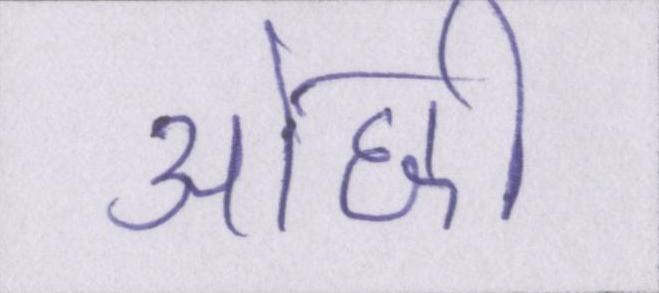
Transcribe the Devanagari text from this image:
ओछी